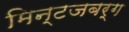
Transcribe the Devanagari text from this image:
मिन्टजबर्ग